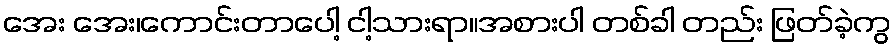
အေး အေး၊ကောင်းတာပေါ့ ငါ့သားရာ။အစားပါ တစ်ခါ တည်း ဖြတ်ခဲ့ကွ